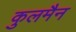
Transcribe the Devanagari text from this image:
कुलमैन